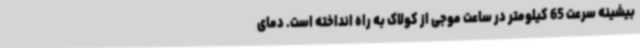
بیشینه سرعت 65 کیلومتر در ساعت موجی از کولاک به راه انداخته است. دمای